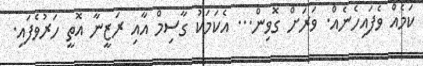
ކަމެއް ވެފައިހެނެއް. ވަރަށް ގޮވިން... އެކަމަކު ގާސިމް އާއި ރަޒީނާ އޮތީ ހަރުވެފައި.